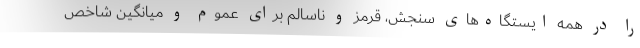
را در همه ایستگاه‌های سنجش، قرمز و ناسالم برای عموم و میانگین شاخص